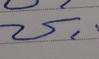
Signature authenticity: genuine